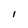
Character: l